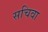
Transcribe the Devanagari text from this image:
सचिवा